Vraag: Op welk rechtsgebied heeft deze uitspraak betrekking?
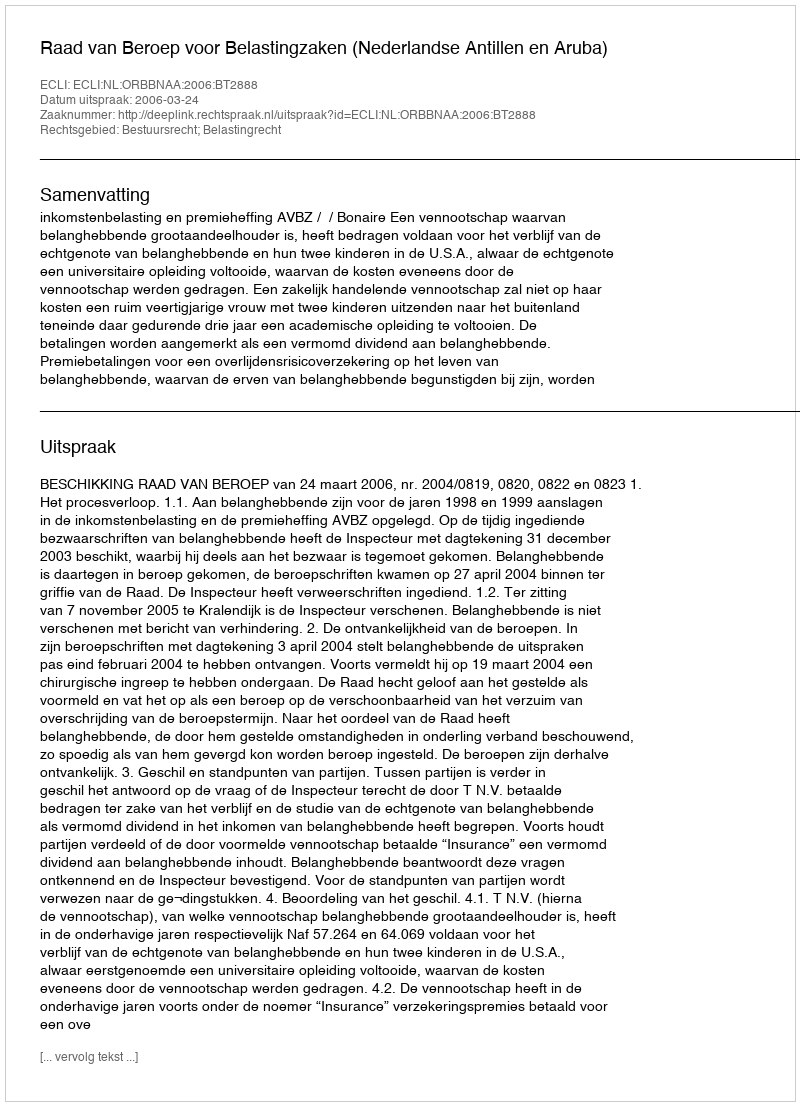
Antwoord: Bestuursrecht; Belastingrecht